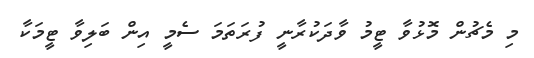
މި މެޗުން މޮޅުވާ ޓީމު ވާދަކުރާނީ ފުރަތަމަ ސެމީ އިން ބަލިވާ ޓީމަކާ